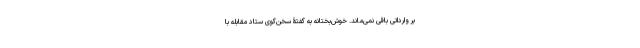
بر وارداتی باقی نمی‌ماند. خوش‌بختانه به گفتۀ سخن‌گوی ستاد مقابله با